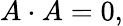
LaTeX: A\cdot A=0,